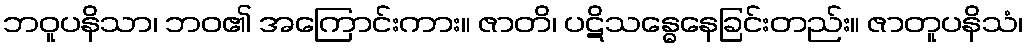
ဘဝူပနိသာ၊ ဘဝ၏ အကြောင်းကား။ ဇာတိ၊ ပဋိသန္ဓေနေခြင်းတည်း။ ဇာတူပနိသံ၊